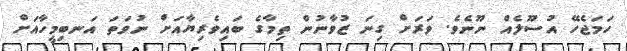
ހަމަޖެހޭ އުސޫލެއް ނޫނެވެ. ވަރަށް ގިނަ ޒުވާނުން ތިމާގެ ބައިވެރިޔާއަށް ނުވަތަ އަނބިމީހާއަށް